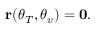
\begin{array} { r } { { \bf r } ( \boldsymbol { \theta } _ { T } , \boldsymbol { \theta } _ { v } ) = { \bf 0 } . } \end{array}